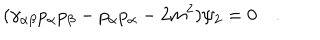
( \gamma _ { \alpha \beta } p _ { \alpha } p _ { \beta } - p _ { \alpha } p _ { \alpha } - 2 m ^ { 2 } ) \psi _ { 2 } = 0 \quad .